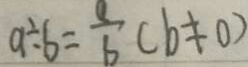
a \div b = \frac { a } { b } ( b \neq 0 )